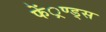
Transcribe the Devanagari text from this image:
फें्रण्ड्स